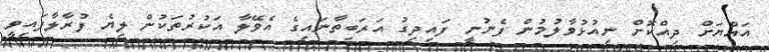
އައްޔަށް ދިއްކޮށް ނިއުޅުވާލުމުން ފެނުނީ ފައިދިގު އަރަބިތާނައިގެ އެވޭލާ އަކުރުތަކުން ލިޔެ ފުރާލާފައިވީ